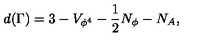
d ( \Gamma ) = 3 - V _ { \phi ^ { 4 } } - \frac { 1 } { 2 } N _ { \phi } - N _ { A } ,